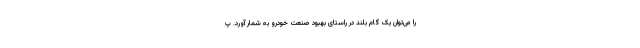
را می‌توان یک گام بلند در راستای بهبود صنعت خودرو به شمار آورد. پ